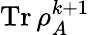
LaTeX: \operatorname{Tr}{\rho_{A}^{k+1}}